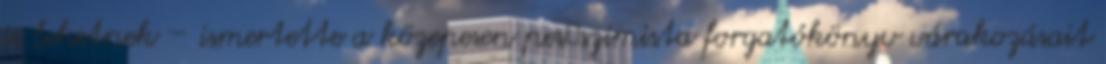
is lehetnek – ismertette a közepesen pes�szimista forgatókönyv várakozásait